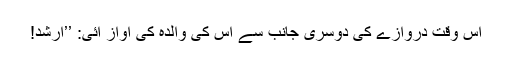
اس وقت دروازے کی دوسری جانب سے اس کی والدہ کی آواز آئی: ’’ارشد!